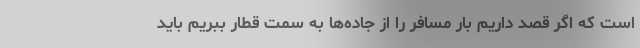
است که اگر قصد داریم بار مسافر را از جاده‌ها به سمت قطار ببریم باید